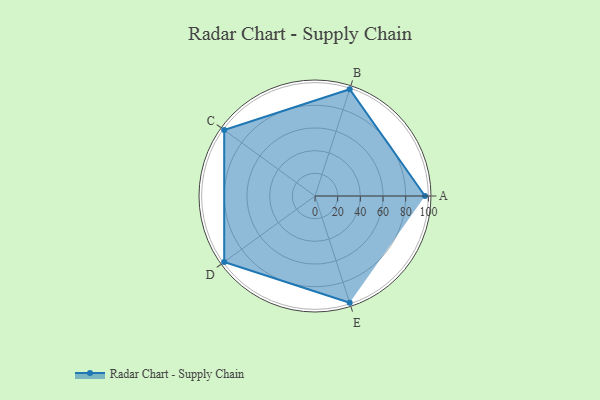
{"axis": {"x": "Skill", "y": "Score"}, "legend": ["Profile"], "data": [{"x": "A", "y": 97.0, "type": "Profile"}, {"x": "B", "y": 99, "type": "Profile"}, {"x": "C", "y": 99, "type": "Profile"}, {"x": "D", "y": 99, "type": "Profile"}, {"x": "E", "y": 99, "type": "Profile"}]}